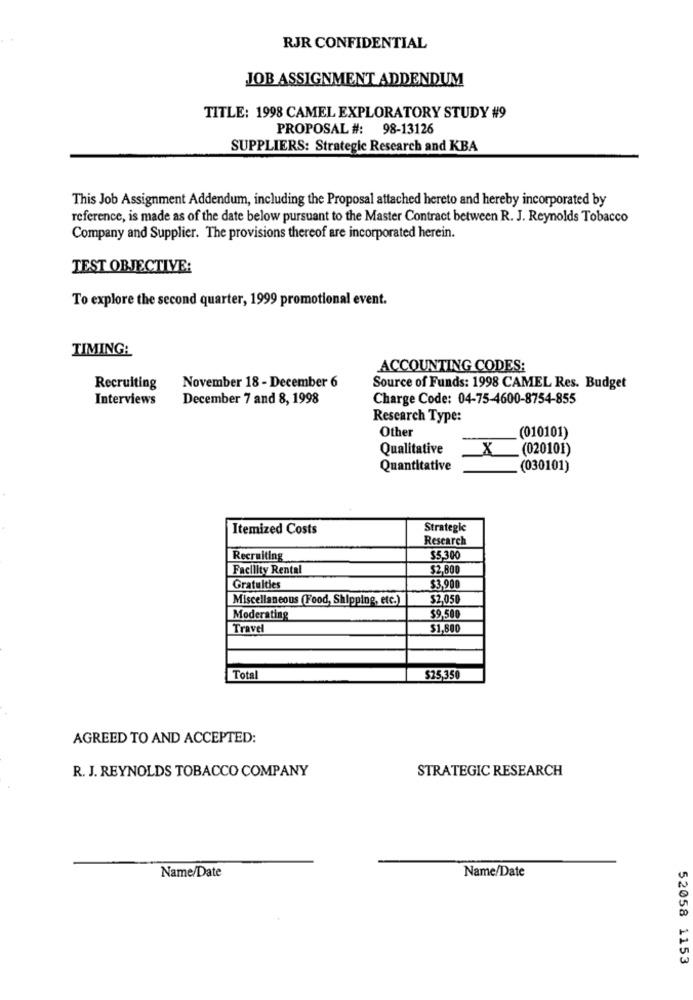
RJR CONFIDENTIAL
JOB ASSIGNMENT ADDENDUM
TITLE: 1998 CAMEL EXPLORATORY STUDY #9
PROPOSAL #: 98-13126
SUPPLIERS: Strategic Research and KBA
This Job Assignment Addendum, including the Proposal attached hereto and hereby incorporated by
reference, is made as of the date below pursuant to the Master Contract between R. J. Reynolds Tobacco
Company and Supplier. The provisions thereof are incorporated herein.
TEST OBJECTIVE:
To explore the second quarter, 1999 promotional event.
TIMING:
ACCOUNTING CODES:
Recruiting
November 18 - December 6
Source of Funds: 1998 CAMEL Res. Budget
Interviews
December 7 and 8, 1998
Charge Code: 04-75-4600-8754-855
Research Type:
Other
(010101)
Qualitative
_ (020101)
Quantitative
(030101)
Itemized Costs
Strategie
Research
Recruiting
$5,300
Facility Rental
$2,800
Gratulties
$3,900
Miscellaneous (Food, Shipping, etc.)
$2,050
Moderating
$9.500
Travel
$1,800
Total
$25,350
AGREED TO AND ACCEPTED:
R. J. REYNOLDS TOBACCO COMPANY
STRATEGIC RESEARCH
Name/Date
Name/Date
52058 1153